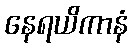
နေရယိကာနံ